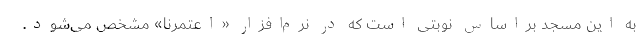
به این مسجد براساس نوبتی است که در نرم‌افزار «اعتمرنا» مشخص می‌شود.